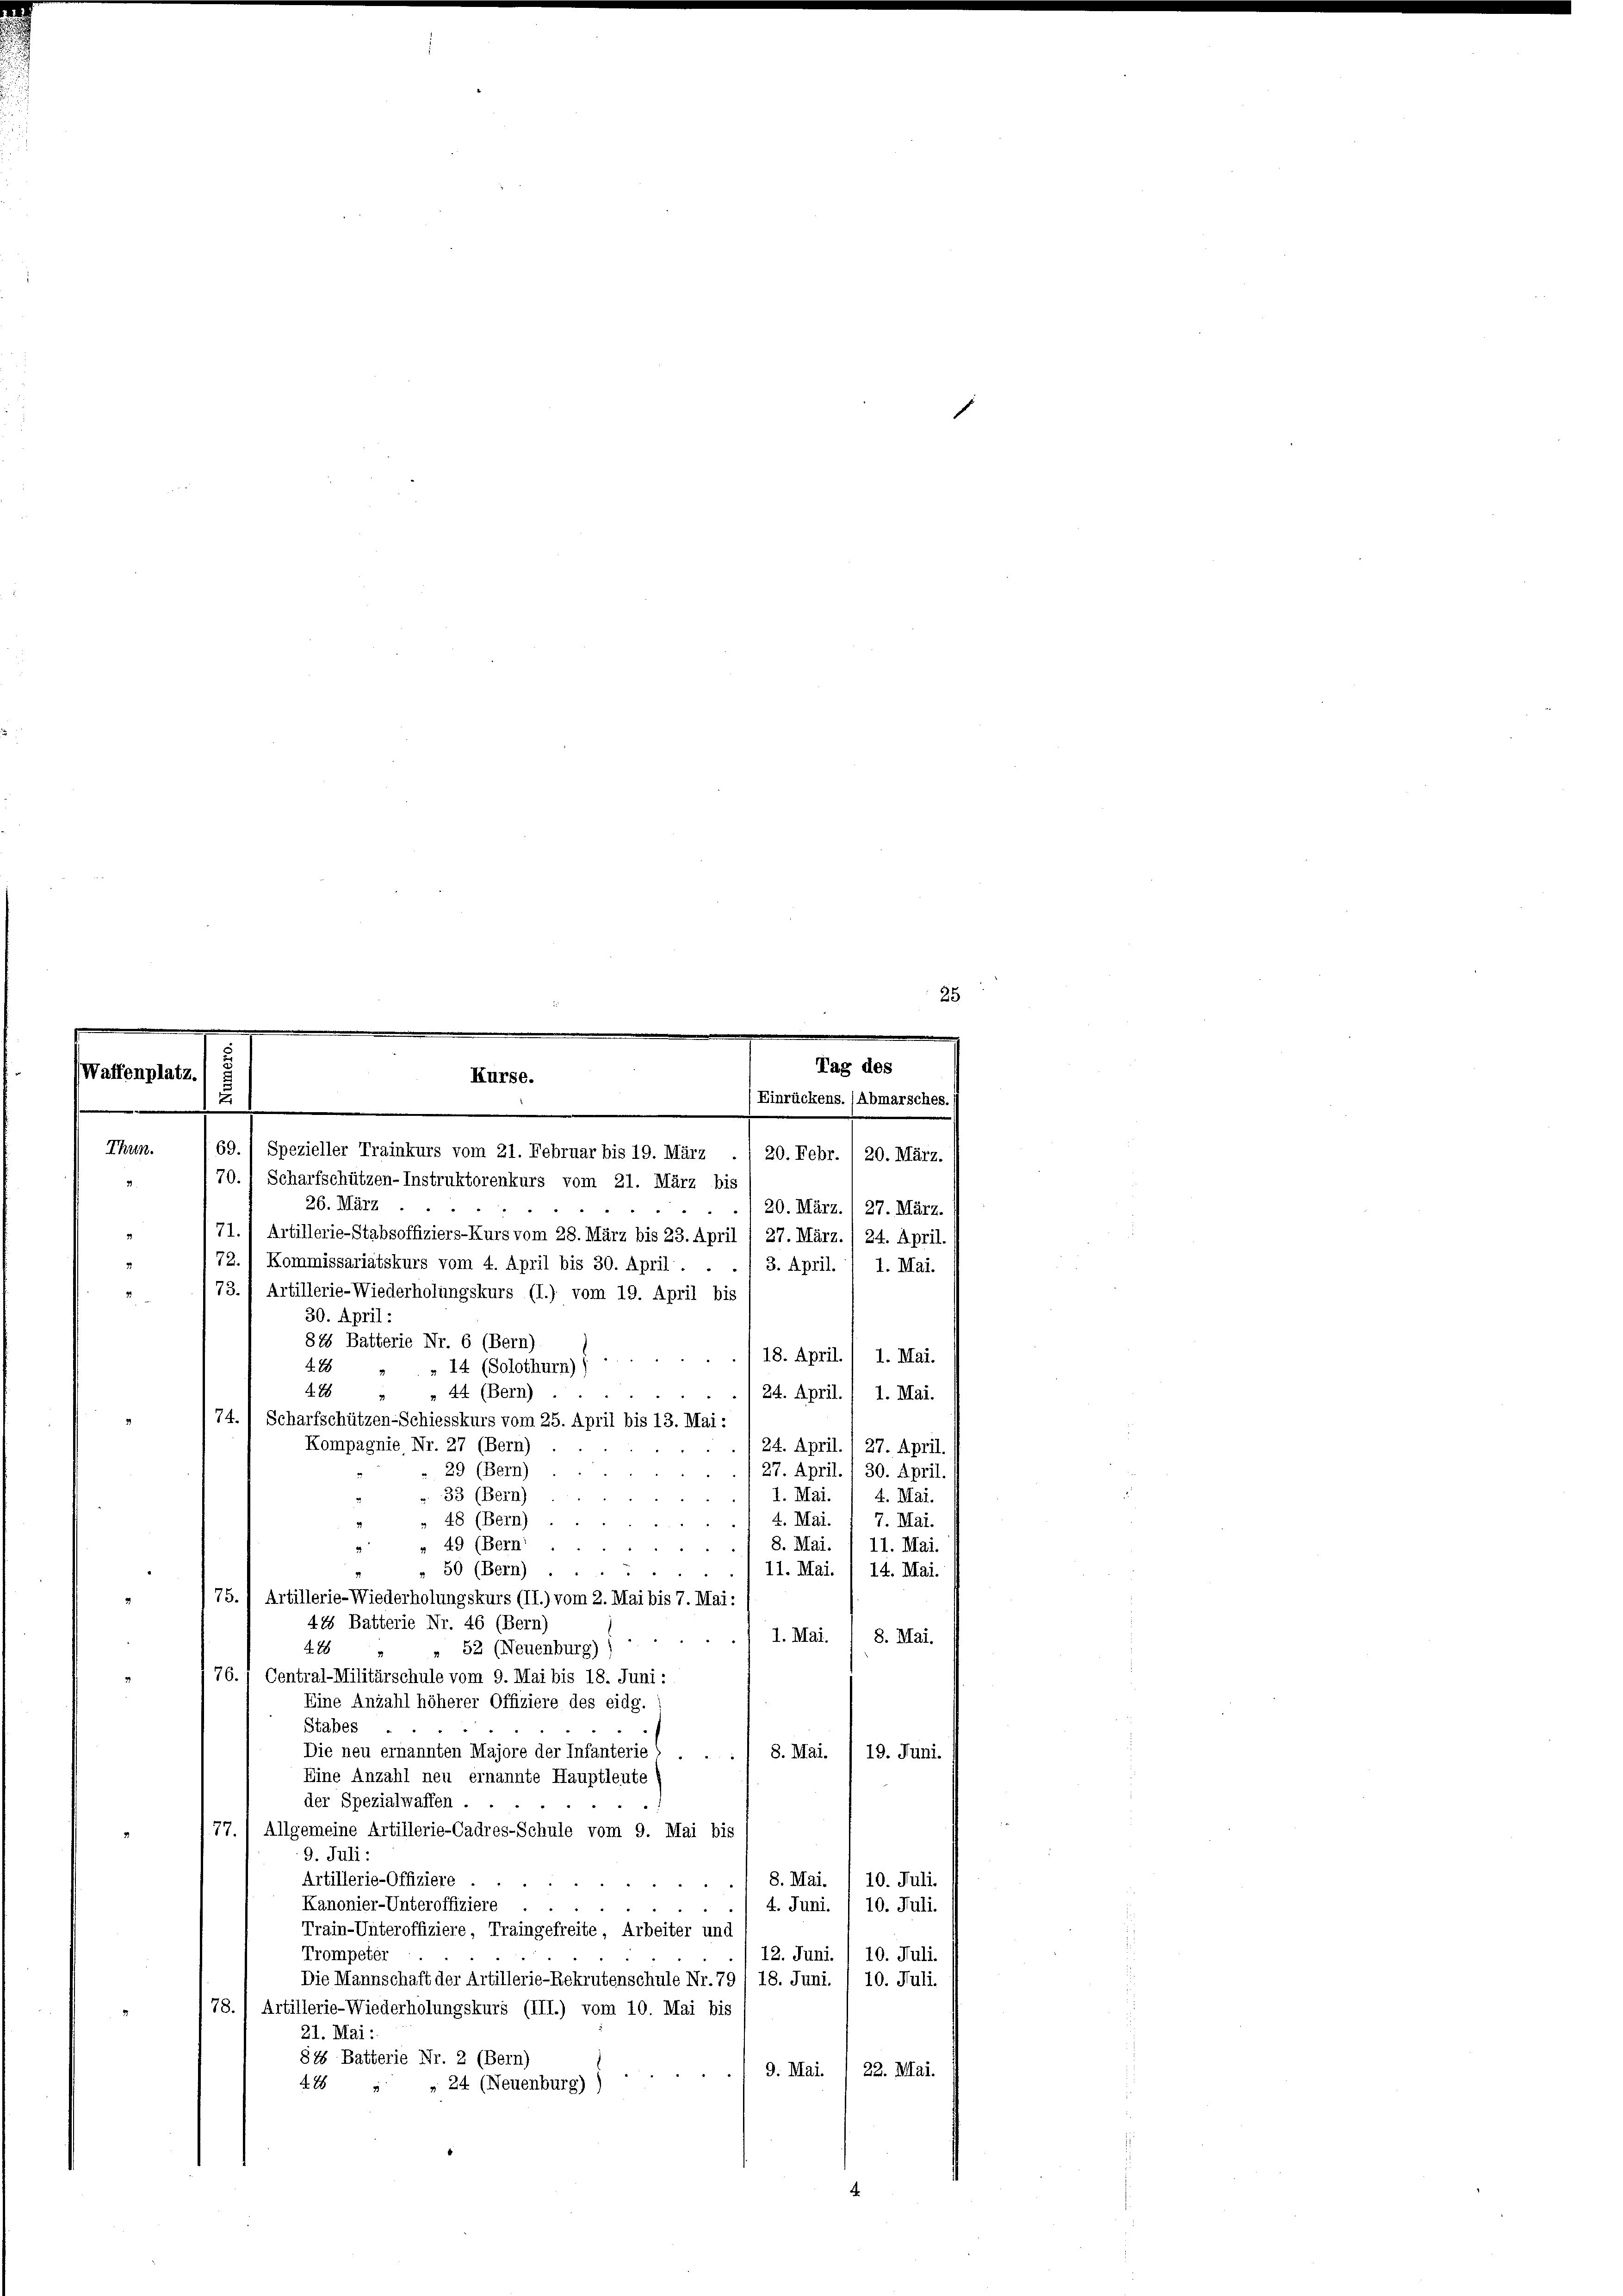
Waffenplatz.
.
Thun.

26. März
20. März. 1 27. März.
2
71.) Artillerie-Stabsoffiziers-Kurs vom 28. März bis 23. April 1 27. März./ 24. April.
72. / Kommissariatskurs vom 4. April bis 30. April.
3. April. 1. Mai.
73.) Artillerie-Wiederholungskurs (I.) vom 19. April bis
30. April:
81 Batterie Nr. 6 (Bern)
18. April. / 1. Mai.
47
476
„ 44 (Bern) .
24. April
1. Mai.
74.) Scharfschützen-Schiesskurs vom 25. April bis 13. Mai:
Kompagnie, Nr. 27 (Bern).
24. April. 1 27. April
29 (Bern)
/ 27. April. 30. April.
 33 (Bern)
1. Mai. 1 4. Mai.
» 48 (Bern)
4. Mai. 1 7. Mai.
» 49 (Bern:
8. Mai
11. Mai.
i
" 50 (Bern) ....
11. Mai. / 14. Mai.
2
75., Artillerie-Wiederholungskurs (II.) vom 2. Mai bis 7. Mai:
415 Batterie Nr. 46 (Bern)
1. Mai.
8. Mai.
e
478
" 52 (Neuenburg) ;
76. 1 Central-Militärschule vom 9. Mai bis 18. Juni:
Eine Anzahl höherer Offiziere des eidg.
Stabes
Die neu ernannten Majore der Infanterie . . / 8. Mai. / 19. Juni.
Eine Anzahl neu ernannte Hauptleute
der Spezialwaffen.
77.) Allgemeine Artillerie-Cadres-Schule vom 9. Mai bis
9. Juli:
Artillerie-Offiziere
10. Juli.
8. Mai.
M. M. me
Kanonier-Unteroffiziere
4. Juni.  10. Juli.
Train-Unteroffiziere, Traingefreite, Arbeiter und
Trompeter
12. Juni. / 10. Juli.
Die Mannschaft der Artillerie-Rekrutenschule Nr. 79/ 18. Juni. / 10. Juli.
78. 1 Artillerie-Wiederholungskurs (III.) vom 10. Mai bis
21. Mai:
818 Batterie Nr. 2 (Bern)
9. Mai. /22. Mai.
428 " " 24 (Neuenburg))

25
s
.
.

Tag des
Kurse.
Einrückens. (Abmarsches.
u
.
69. 1 Spezieller Trainkurs vom 21. Februar bis 19. März . / 20. Febr. / 20. März.
70. Scharfschützen-Instruktorenkurs vom 21. März bis

» . . 14 (Solothurn)